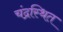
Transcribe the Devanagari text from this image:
चंद्रस्थित